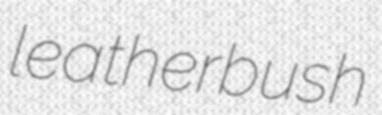
leatherbush